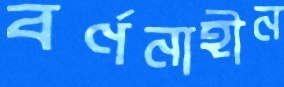
বর্ণনাহীন